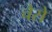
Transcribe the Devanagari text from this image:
चैसे